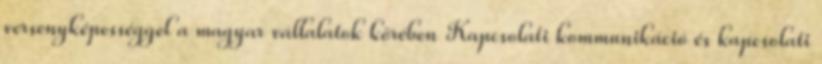
versenyképességgel a magyar vállalatok körében Kapcsolati kommunikáció és kapcsolati